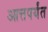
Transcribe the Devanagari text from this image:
आत्तपर्यंत